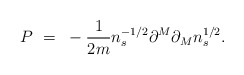
\begin{align*}P~=~- \frac{1}{2m} n_s^{-1/2} \partial^M \partial_M n_s^{1/2} .\end{align*}